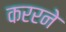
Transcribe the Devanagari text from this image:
कररने